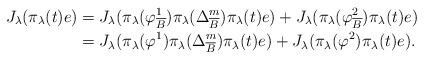
LaTeX: \begin{align*}\displaystyle J_\lambda(\pi_{\lambda}(t)e) & =J_\lambda(\pi_\lambda(\varphi_{\overline{B}}^1)\pi_\lambda(\Delta_{\overline{B}}^m)\pi_\lambda(t)e)+J_\lambda(\pi_\lambda(\varphi_{\overline{B}}^2)\pi_\lambda(t)e) \\ & =J_\lambda(\pi_\lambda(\varphi^1)\pi_\lambda(\Delta_{\overline{B}}^m)\pi_\lambda(t)e)+J_\lambda(\pi_\lambda(\varphi^2)\pi_\lambda(t)e).\end{align*}